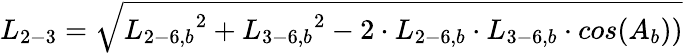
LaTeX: {L_{2-3}}=\sqrt{{L_{2-6,b}}^{2}+{L_{3-6,b}}^{2}-2\cdot{L_{2-6,b}}\cdot{L_{3-6,b}}\cdot cos({A_{b}}))}